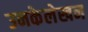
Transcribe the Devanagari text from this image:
उनकेलेखन